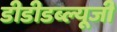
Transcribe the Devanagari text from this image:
डीडीडब्ल्यूजी